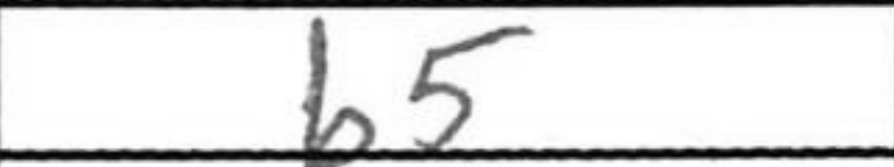
Transcription: b5